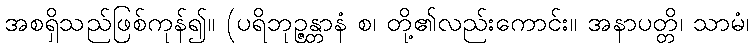
အစရှိသည်ဖြစ်ကုန်၍။ (ပရိဘုဉ္ဇန္တာနံ စ၊ တို့၏လည်းကောင်း။ အနာပတ္တိ၊ သာမံ၊